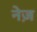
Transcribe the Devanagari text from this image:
नेज़